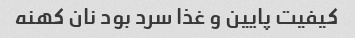
کیفیت پایین و غذا سرد بود نان کهنه